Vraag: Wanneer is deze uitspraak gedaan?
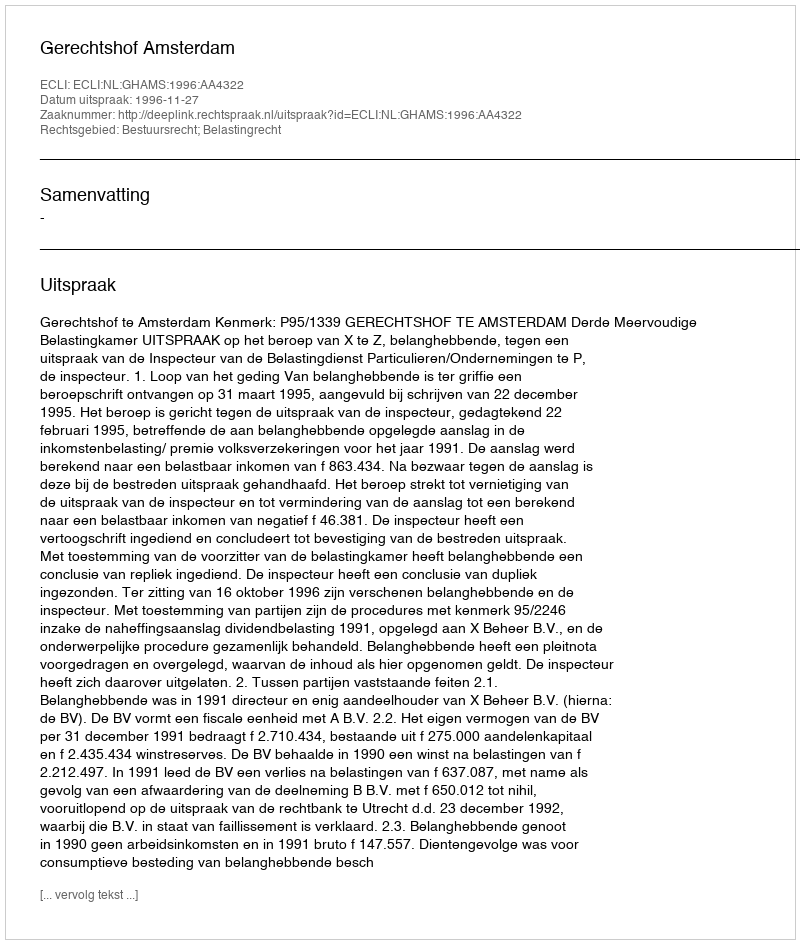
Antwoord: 1996-11-27